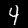
Digit: 4